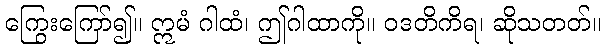
ကြွေးကြော်၍။ ဣမံ ဂါထံ၊ ဤဂါထာကို။ ဝဒတိကိရ၊ ဆိုသတတ်။